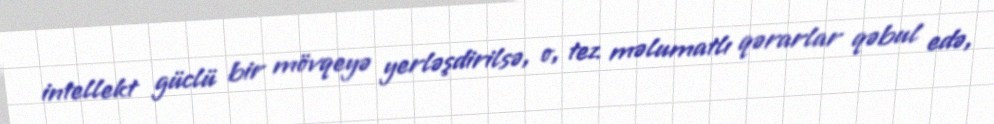
intellekt güclü bir mövqeyə yerləşdirilsə, o, tez məlumatlı qərarlar qəbul edə,